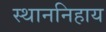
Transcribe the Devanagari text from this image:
स्थाननिहाय